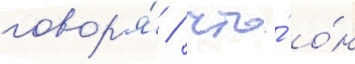
говор'я́ / что́ о́н